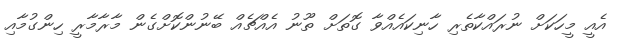
އެއީ މީހަކަށް ނުރައްކާތެރި ހާނިކައެއްވާ ގޮތަށް ތޫނު އެއްޗެއް ބޭނުންކޮށްގެން މާރާމާރީ ހިންގުމާއި